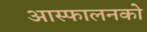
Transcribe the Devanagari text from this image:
आस्फालनको